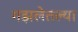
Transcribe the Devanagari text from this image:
गझलेतल्या